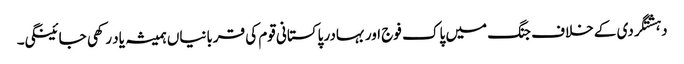
دہشتگردی کے خلاف جنگ میں پاک فوج اور بہادر پاکستانی قوم کی قربانیاں ہمیشہ یاد رکھی جائینگی۔